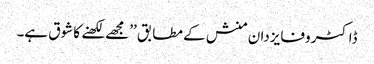
ڈاکٹر وفایزدان منش کے مطابق ’’مجھے لکھنے کا شوق ہے۔